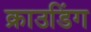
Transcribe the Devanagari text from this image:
क्राउडिंग